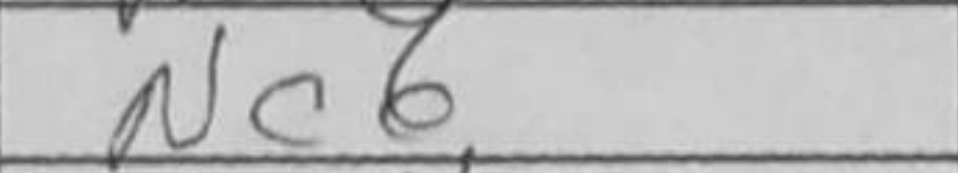
Transcription: Nc6